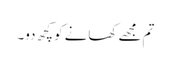
تم مجھے کھانے کو کچھ دو۔